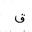
Letter: _qaf